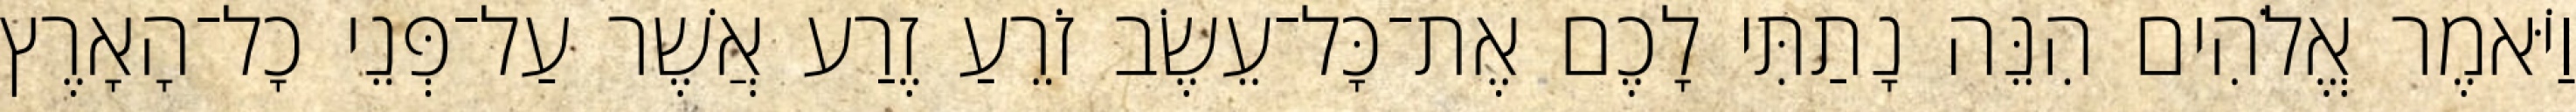
וַיֹּאמֶר אֱלֹהִים הִנֵּה נָתַתִּי לָכֶם אֶת־כָּל־עֵשֶׂב זֹרֵעַ זֶרַע אֲשֶׁר עַל־פְּנֵי כָל־הָאָרֶץ